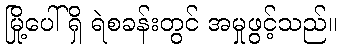
မြို့ပေါ်ရှိ ရဲစခန်းတွင် အမှုဖွင့်သည်။